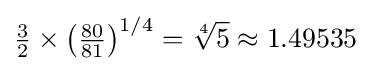
{\tfrac {3}{2}}\times \left({\tfrac {80}{81}}\right)^{1/4}={\sqrt[{4}]{5}}\approx 1.49535